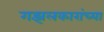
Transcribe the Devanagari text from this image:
गझलकारांच्या